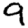
Digit: 9